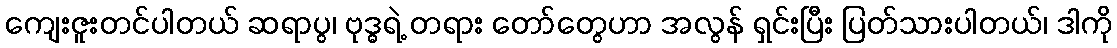
ကျေးဇူးတင်ပါတယ် ဆရာပွ၊ ဗုဒ္ဓရဲ့ တရား တော်တွေဟာ အလွန် ရှင်းပြီး ပြတ်သားပါတယ်၊ ဒါကို